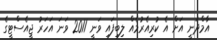
އާމްދަނީ އަށް އެ ކުރިއެރުމެއް ލިބިފައި ވަނީ 2011 ވަނަ އަހަރު ޖީއެސްޓީގެ